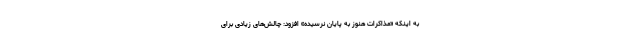
به اینکه «مذاکرات هنوز به پایان نرسیده» افزود: چالش‌های زیادی برای